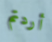
أردتم